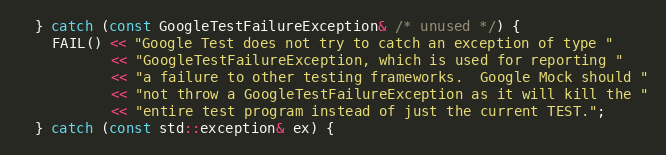
Language: C++
  } catch (const GoogleTestFailureException& /* unused */) {
    FAIL() << "Google Test does not try to catch an exception of type "
           << "GoogleTestFailureException, which is used for reporting "
           << "a failure to other testing frameworks.  Google Mock should "
           << "not throw a GoogleTestFailureException as it will kill the "
           << "entire test program instead of just the current TEST.";
  } catch (const std::exception& ex) {